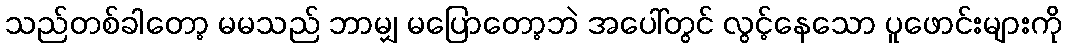
သည်တစ်ခါတော့ မမသည် ဘာမျှ မပြောတော့ဘဲ အပေါ်တွင် လွင့်နေသော ပူဖောင်းများကို